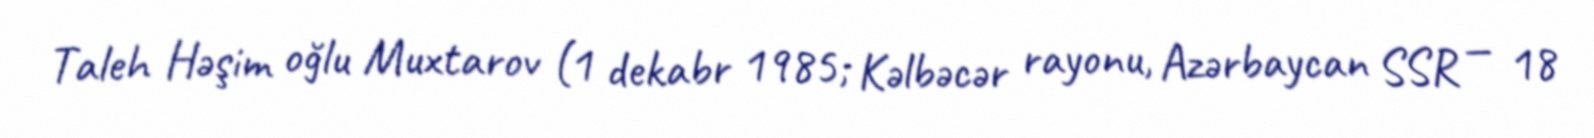
Taleh Həşim oğlu Muxtarov (1 dekabr 1985; Kəlbəcər rayonu, Azərbaycan SSR — 18